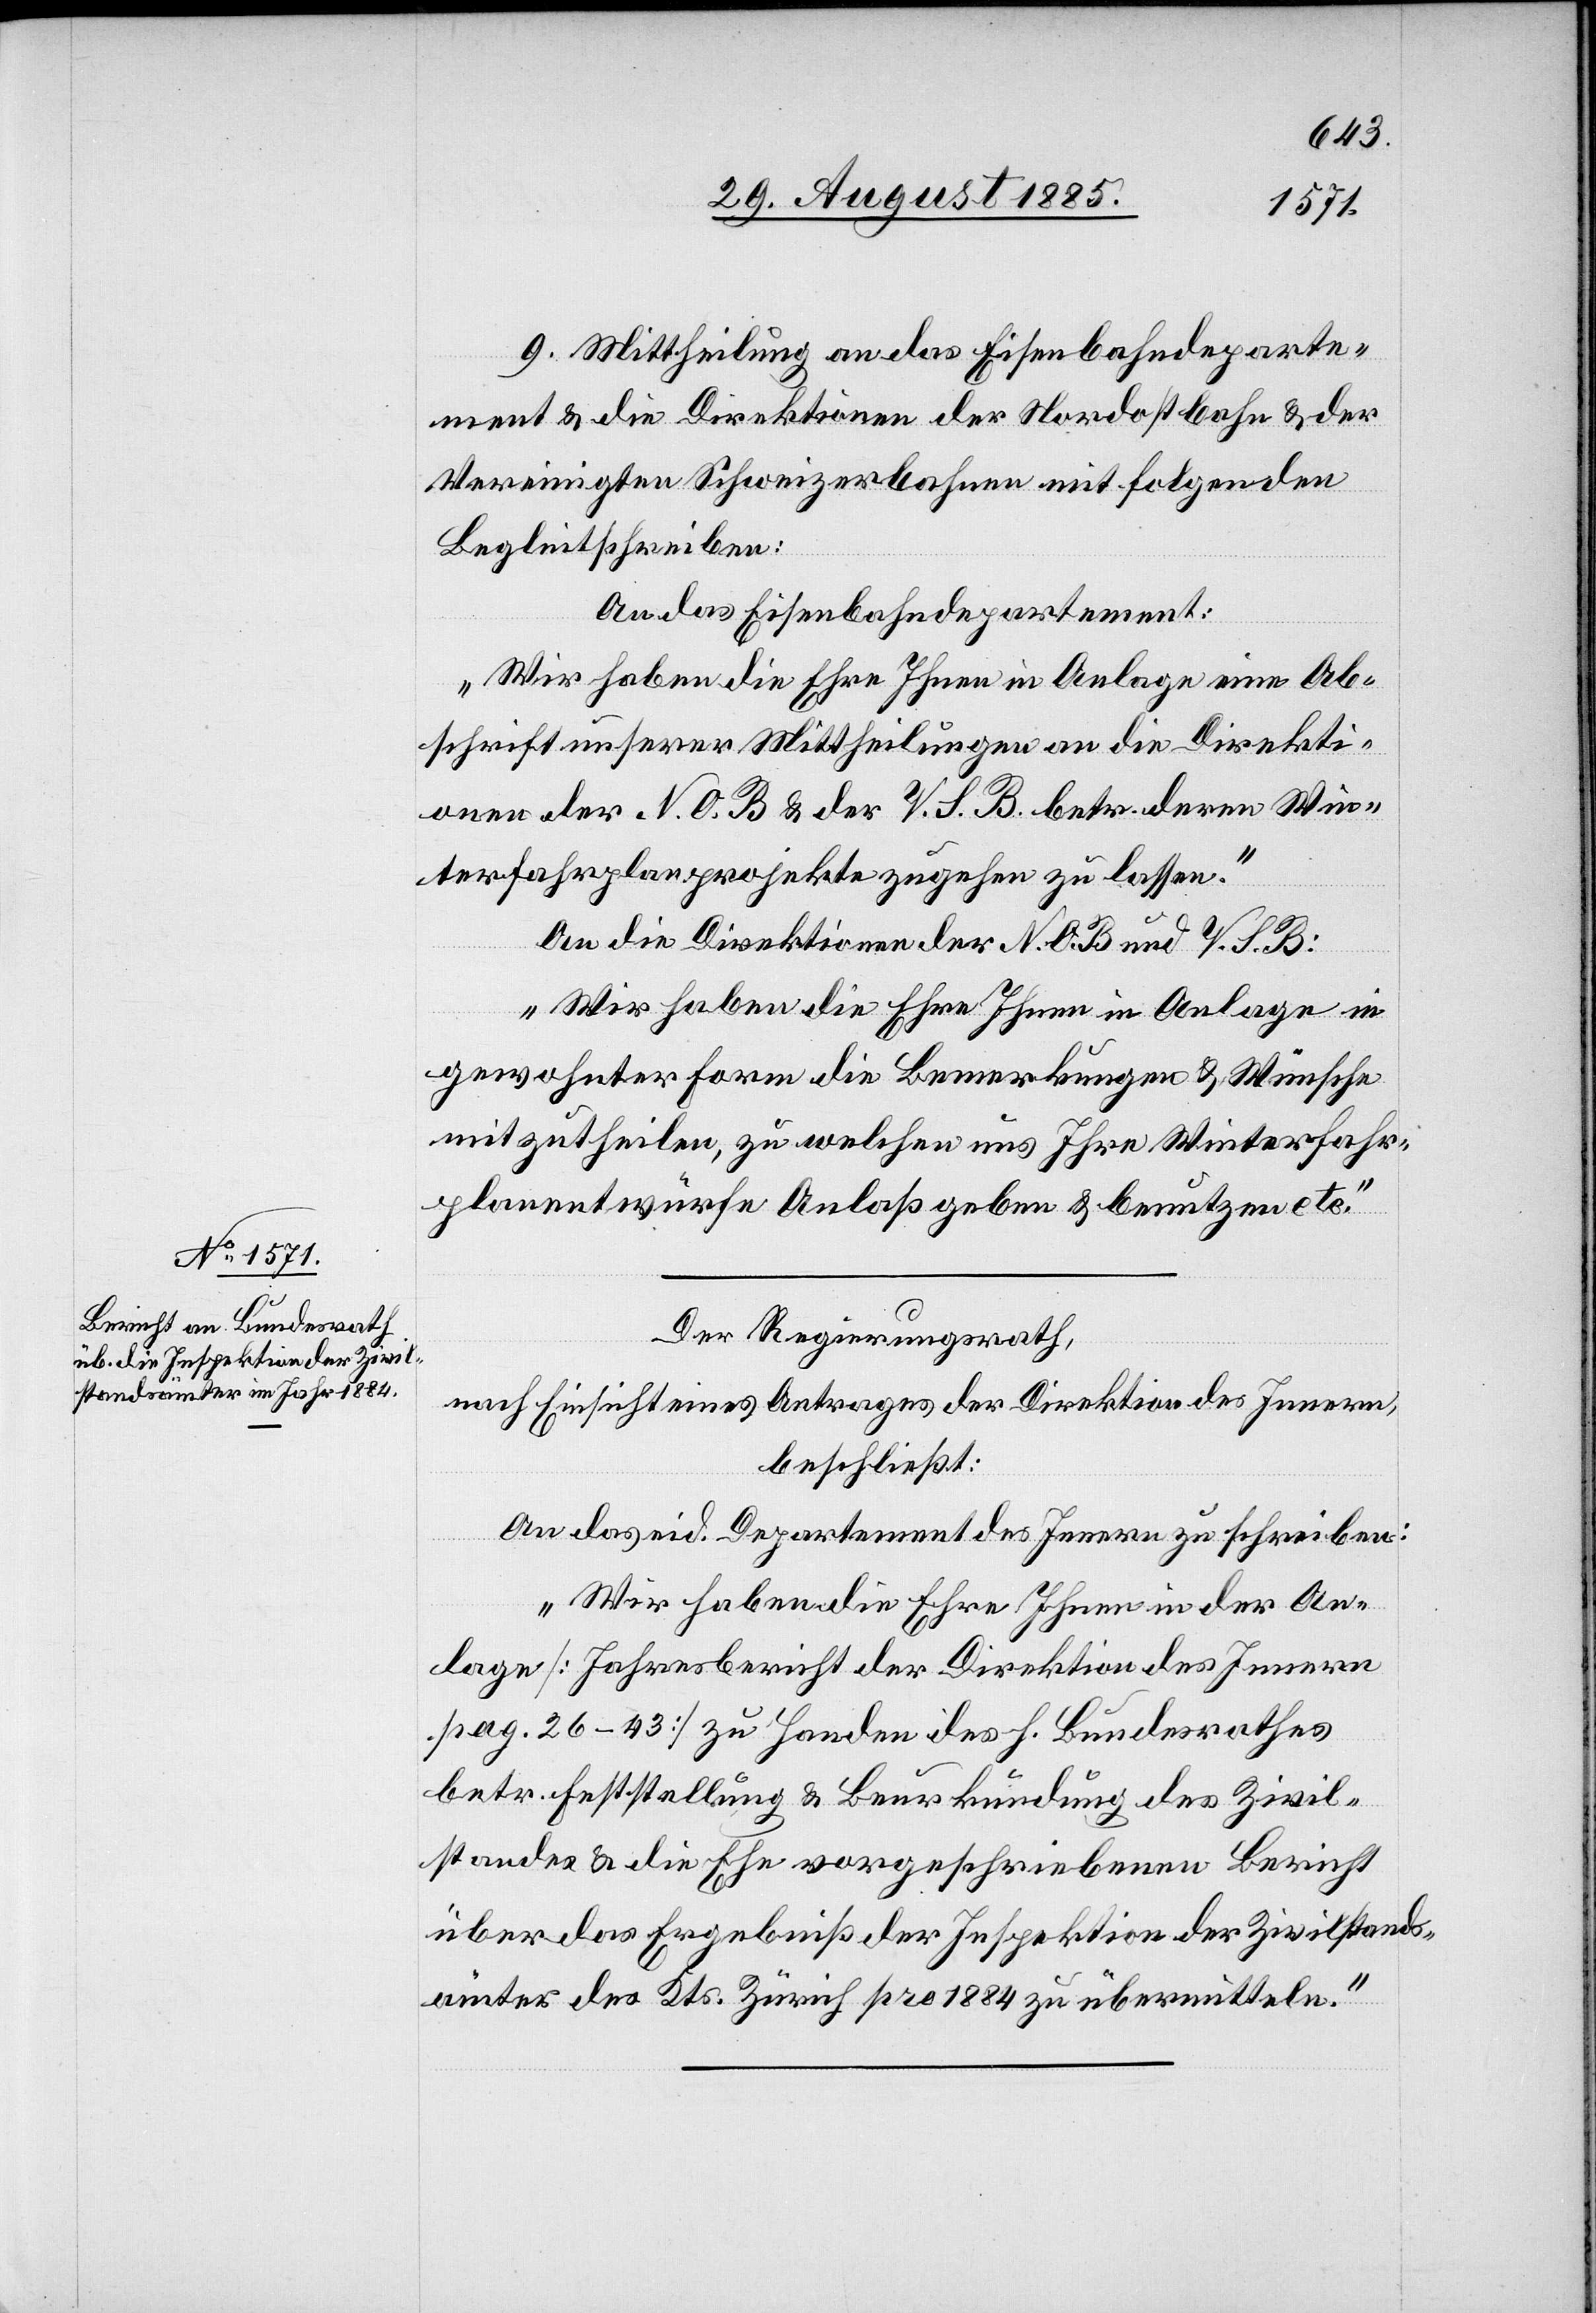
Der Regierungsrath,
nach Einsicht eines Antrages der Direktion des Innern,
beschließt:
An das eid. Departement des Innern zu schreiben:
„Wir haben die Ehre Ihnen in der An¬
lage [Jahresbericht der Direktion des Innern
pag. 26–43] zu Handen des h. Bundesrathes
betr. Feststellung & Beurkundung des Zivil¬
standes & die Ehe vorgeschriebenen Bericht
über das Ergebniß der Inspektion der Zivilstands¬
ämter des Kts. Zürich pro 1884 zu übermitteln.“